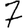
Digit: 7